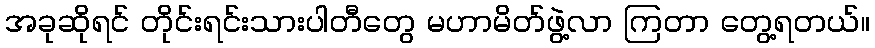
အခုဆိုရင် တိုင်းရင်းသားပါတီတွေ မဟာမိတ်ဖွဲ့လာ ကြတာ တွေ့ရတယ်။